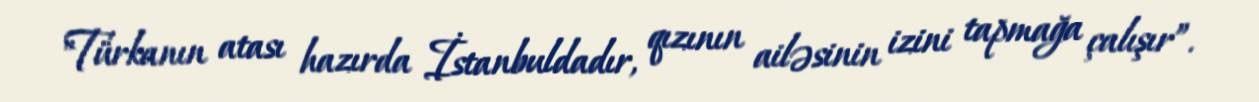
"Türkanın atası hazırda İstanbuldadır, qızının ailəsinin izini tapmağa çalışır”.